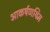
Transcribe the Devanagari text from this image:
आकर्षणयिम